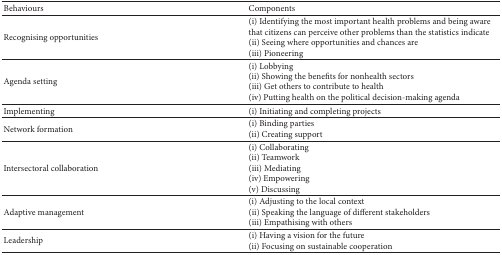
| Behaviours | Components |
 | --- | --- |
 | Recognising opportunities | (i) Identifying the most important health problems and being aware that citizens can perceive other problems than the statistics indicate(ii) Seeing where opportunities and chances are(iii) Pioneering |
 | Agenda setting | (i) Lobbying(ii) Showing the benefits for nonhealth sectors(iii) Get others to contribute to health(iv) Putting health on the political decision-making agenda |
 | Implementing | (i) Initiating and completing projects |
 | Network formation | (i) Binding parties(ii) Creating support |
 | Intersectoral collaboration | (i) Collaborating(ii) Teamwork(iii) Mediating(iv) Empowering(v) Discussing |
 | Adaptive management | (i) Adjusting to the local context(ii) Speaking the language of different stakeholders(iii) Empathising with others |
 | Leadership | (i) Having a vision for the future(ii) Focusing on sustainable cooperation |